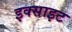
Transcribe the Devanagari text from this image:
इक्साइट